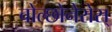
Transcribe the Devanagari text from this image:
चोल्छोनेरोस्